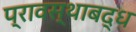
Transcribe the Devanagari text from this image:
प्रावस्थाबद्ध